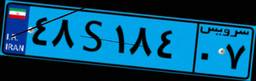
۴۸S۱۸۴۰۷